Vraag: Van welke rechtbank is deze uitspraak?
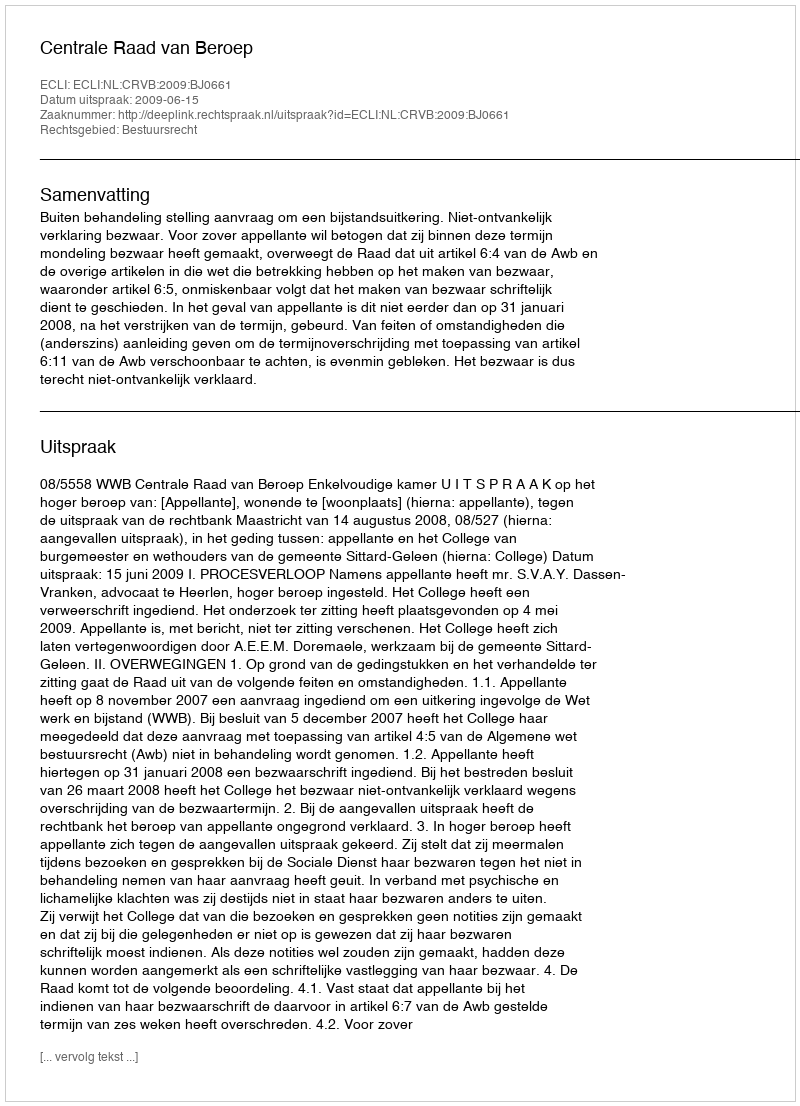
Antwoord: Centrale Raad van Beroep